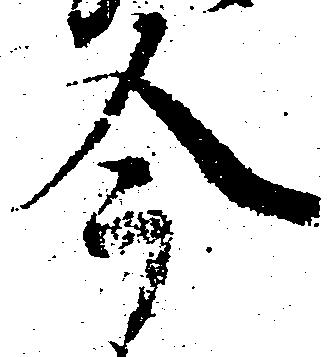
今